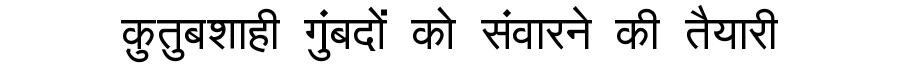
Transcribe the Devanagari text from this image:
क़ुतुबशाही गुंबदों को संवारने की तैयारी